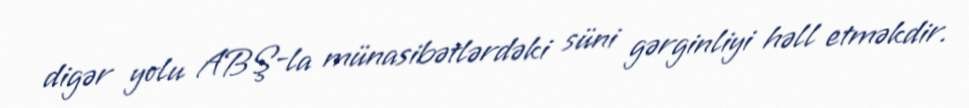
digər yolu ABŞ-la münasibətlərdəki süni gərginliyi həll etməkdir.